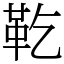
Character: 䩐